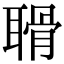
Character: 𦖼